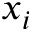
x _ { i }